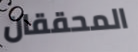
المحققان